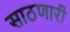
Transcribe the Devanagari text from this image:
साठणारी